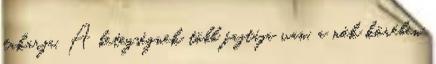
takarja. A betegségnek több fajtája van, a nők körében